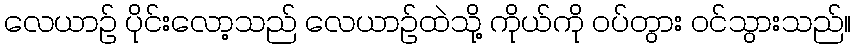
လေယာဉ် ပိုင်းလော့သည် လေယာဉ်ထဲသို့ ကိုယ်ကို ဝပ်တွား ဝင်သွားသည်။